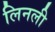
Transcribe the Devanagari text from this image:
लिनली